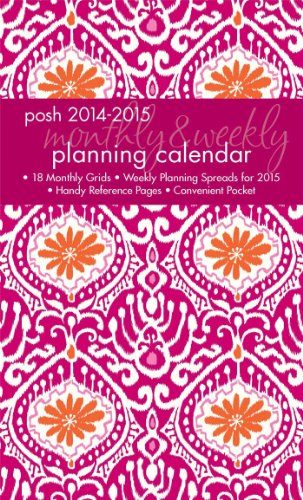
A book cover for Posh: Batik Beauty 2014-2015 Monthly/Weekly Planning Calendar; Andrews McMeel Publishing LLC; Calendars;